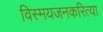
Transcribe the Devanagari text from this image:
विस्मयजनकरित्या